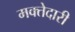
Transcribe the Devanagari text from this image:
मक्‍तेदारी